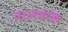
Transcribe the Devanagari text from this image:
वालपाख़